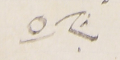
بشاره